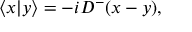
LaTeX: \langle x \vert y \rangle = - i D ^ { - } ( x - y ) ,